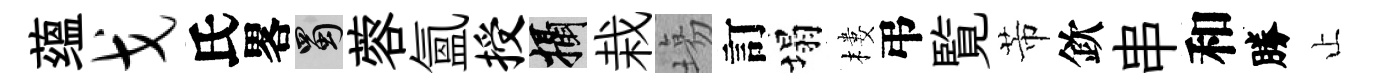
蕴戈氏畧蜀蓉氳授攝栽塲訂塌樓弔覧芾欽串和勝止